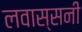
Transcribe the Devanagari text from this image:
लवास्सनी